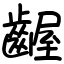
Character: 齷